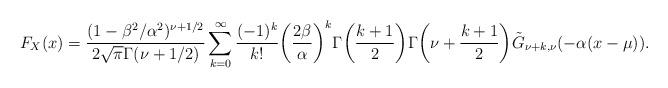
LaTeX: \begin{align*}F_X(x)&=\frac{(1-\beta^2/\alpha^2)^{\nu+1/2}}{2\sqrt{\pi}\Gamma(\nu+1/2)}\sum_{k=0}^\infty\frac{(-1)^k}{k!}\bigg(\frac{2\beta}{\alpha}\bigg)^k\Gamma\bigg(\frac{k+1}{2}\bigg)\Gamma\bigg(\nu+\frac{k+1}{2}\bigg)\tilde{G}_{\nu+k,\nu}(-\alpha (x-\mu)).\end{align*}